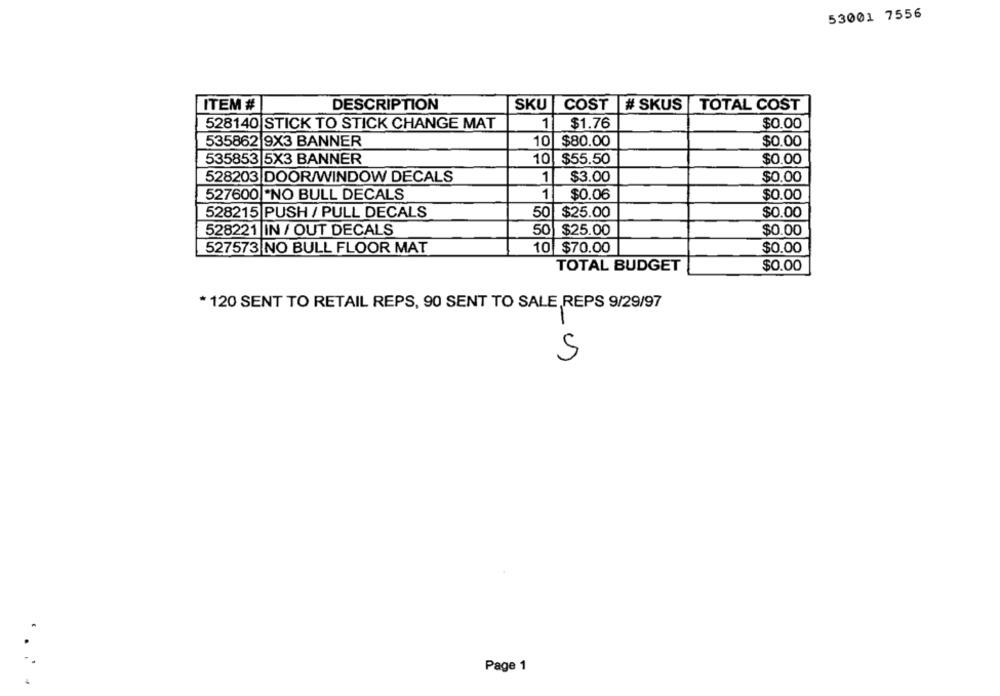
53001 7556
ITEM #
DESCRIPTION
SKU
COST
# SKUS
TOTAL COST
528140 STICK TO STICK CHANGE MAT
1
$1.76
$0.00
535862 9X3 BANNER
10
$80.00
$0.00
535853 5X3 BANNER
$0.00
10 $55.50
528203 DOOR/WINDOW DECALS
1
$3.00
$0.00
1
527600 NO BULL DECALS
$0.06
$0.00
528215 PUSH / PULL DECALS
50
$25.00
$0.00
528221 IN / OUT DECALS
50
$25.00
$0.00
527573 NO BULL FLOOR MAT
10 $70.00
$0.00
TOTAL BUDGET
$0.00
* 120 SENT TO RETAIL REPS, 90 SENT TO SALE REPS 9/29/97
S
Page 1